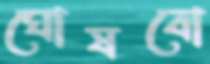
ঘোষবো